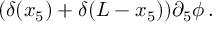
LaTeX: ( \delta ( x _ { 5 } ) + \delta ( L - x _ { 5 } ) ) \partial _ { 5 } \phi \, .